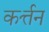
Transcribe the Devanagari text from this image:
कर्त्तन